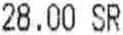
28.00 SR